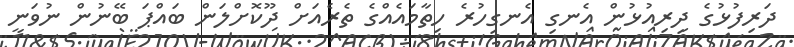
ދަރިފުޅުގެ ދިރިއުޅުން އެނގި އެނގިހުރެ ހިތާމައެއްގެ ތެރެއަށް ދޫކޮށްލަން ބައްޕަ ބޭނުން ނުވަނީ